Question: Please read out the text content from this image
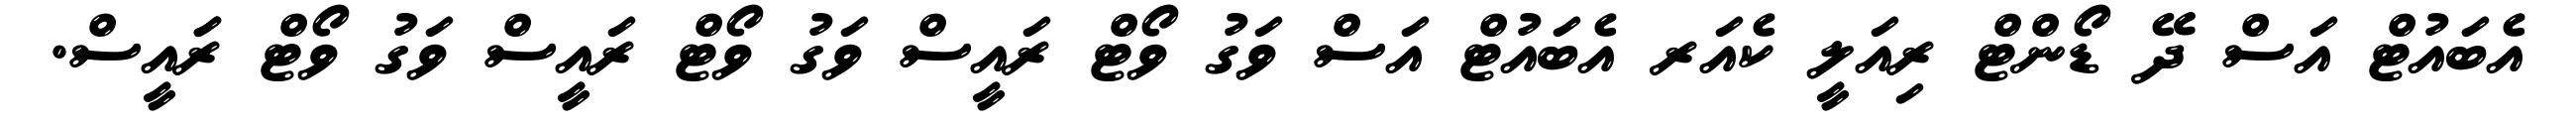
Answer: އެބައުޓް އަސް ދޭ ޑޯންޓް ރިއަލީ ކެއަރ އެބައުޓް އަސް ވަގު ވޯޓް ރައީސް ވަގު ވޯޓް ރައީސް ވަގު ވޯޓް ރަައީސް.